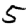
Digit: 5